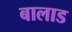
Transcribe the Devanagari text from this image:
बालाड